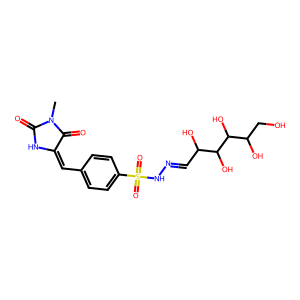
SMILES: CN1C(=O)NC(=Cc2ccc(S(=O)(=O)NN=CC(O)C(O)C(O)C(O)CO)cc2)C1=O
Inhibits HIV replication: No